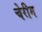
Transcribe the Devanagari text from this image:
चेरीम